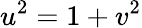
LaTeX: u^{2}=1+v^{2}